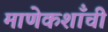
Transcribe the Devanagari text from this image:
माणेकशाँची